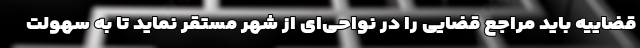
قضاییه باید مراجع قضایی را در نواحی‌ای از شهر مستقر نماید تا به سهولت